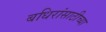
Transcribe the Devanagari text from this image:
बधिरांसाठीच्या